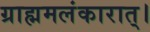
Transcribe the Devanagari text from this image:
ग्राह्ममलंकारात्।